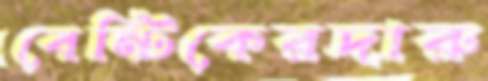
বেন্টিকেরদারু